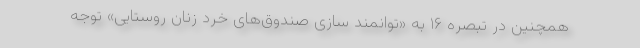
همچنین در تبصره ۱۶ به «توانمند سازی صندوق‌های خرد زنان روستایی» توجه